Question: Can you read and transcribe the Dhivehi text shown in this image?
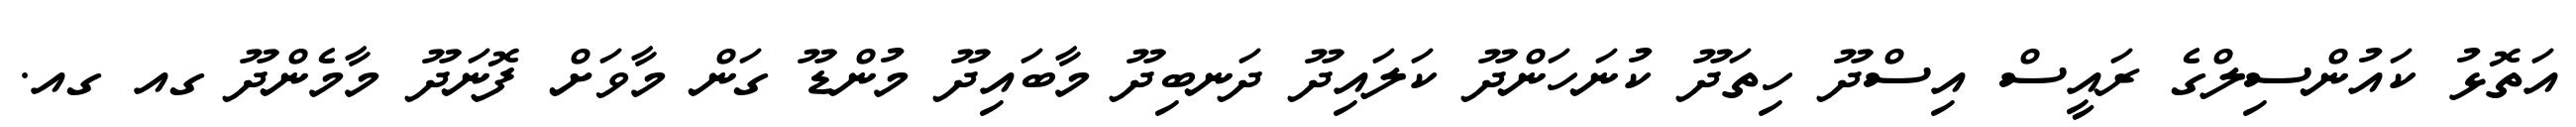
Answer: އަތޮޅު ކައުންސިލްގެ ރައީސް އިސްދޫ ހިތަދޫ ކުނަހަންދޫ ކަލައިދޫ ދަނބިދޫ މާބައިދޫ މުންޑޫ ގަން މާވަށް ފޮނަދޫ މާމެންދޫ ގއ ގއ.